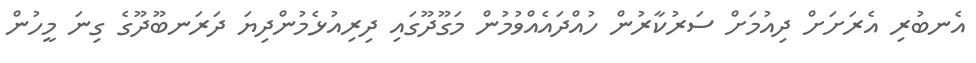
އެނބުރި އެރަށަށް ދިއުމަށް ސަރުކާރުން ހުއްދައެއްވުމުން މަގޫދޫގައި ދިރިއުޅެމުންދިޔަ ދަރަނބޫދޫގެ ގިނަ މީހުން